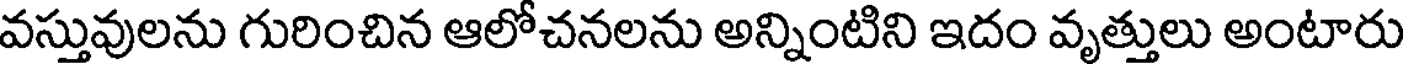
వస్తువులను గురించిన ఆలోచనలను అన్నింటిని ఇదం వృత్తులు అంటారు